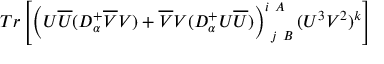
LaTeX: T r \left[ \left( U \overline { { { U } } } ( { \cal D } _ { \alpha } ^ { + } \overline { { { V } } } V ) + \overline { { { V } } } V ( { \cal D } _ { \alpha } ^ { + } U \overline { { { U } } } ) \right) _ { \ j \ B } ^ { i \ A } ( U ^ { 3 } V ^ { 2 } ) ^ { k } \right]